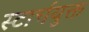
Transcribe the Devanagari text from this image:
स्टार्चयुक्त